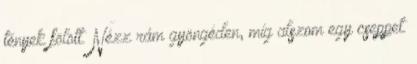
tények fölött. Nézz rám gyöngéden, míg alszom egy cseppet.